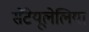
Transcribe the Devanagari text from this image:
सैंटेयूलेलिया